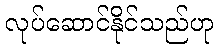
လုပ်ဆောင်နိုင်သည်ဟု